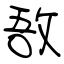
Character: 敔